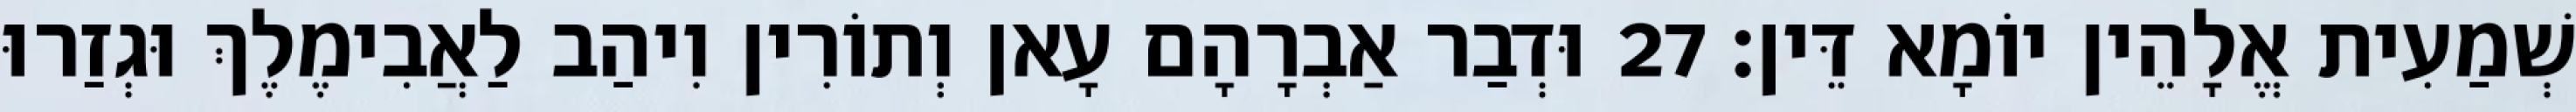
שְׁמַעִית אֱלָהֵין יוֹמָא דֵּין׃ 27 וּדְבַר אַבְרָהָם עָאן וְתוֹרִין וִיהַב לַאֲבִימֶלֶךְ וּגְזַרוּ